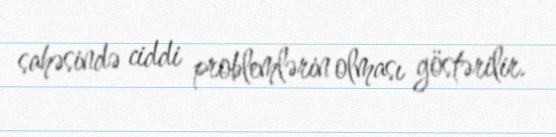
sahəsində ciddi problemlərin olması göstərilir.